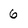
Character: 6